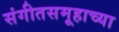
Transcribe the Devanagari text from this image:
संगीतसमूहाच्या